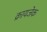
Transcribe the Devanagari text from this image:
क्रायजेक